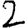
Digit: 2